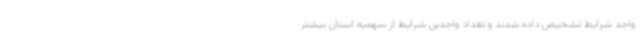
واجد شرایط تشخیص داده شدند و تعداد واجدین شرایط از سهمیه استان بیشتر